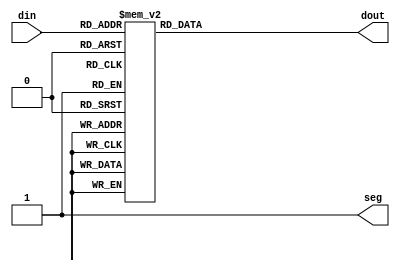
module ly_2257_1(din,dout,seg);
input[3:0] din;
output[7:0] dout;
reg[7:0] dout;//
output seg;
assign seg = 1'b1;	//
always@(din)
begin
	case(din)
		4'b0000:dout <=8'b00000000; //0
		4'b0001:dout <=8'b00000001; //1
		4'b0010:dout <=8'b00000010; //2
		4'b0011:dout <=8'b00000100; //3
		4'b0100:dout <=8'b00001000; //4
		4'b0101:dout <=8'b00010000; //5
		4'b0110:dout <=8'b00100000; //6
		4'b0111:dout <=8'b01000000; //7
		4'b1000:dout <=8'b10000000; //8
		4'b1001:dout <=8'b00000011; //9
		4'b1010:dout <=8'b00000111; //10
		4'b1011:dout <=8'b00001111; //11
		4'b1100:dout <=8'b00011111; //12
		4'b1101:dout <=8'b00111111; //13
		4'b1110:dout <=8'b01111111; //14
		4'b1111:dout <=8'b11111111; //15
		default:dout <=8'd0;
	endcase
end
endmodule